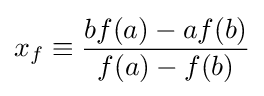
x_{f}\equiv {\frac {bf(a)-af(b)}{f(a)-f(b)}}